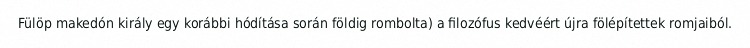
Fülöp makedón király egy korábbi hódítása során földig rombolta) a filozófus kedvéért újra fölépítettek romjaiból.